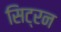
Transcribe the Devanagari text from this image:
सिट्रन